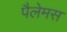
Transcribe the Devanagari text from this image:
पैलेमस